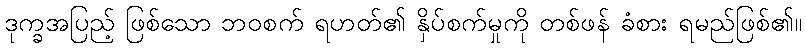
ဒုက္ခအပြည့် ဖြစ်သော ဘဝစက် ရဟတ်၏ နှိပ်စက်မှုကို တစ်ဖန် ခံစား ရမည်ဖြစ်၏။